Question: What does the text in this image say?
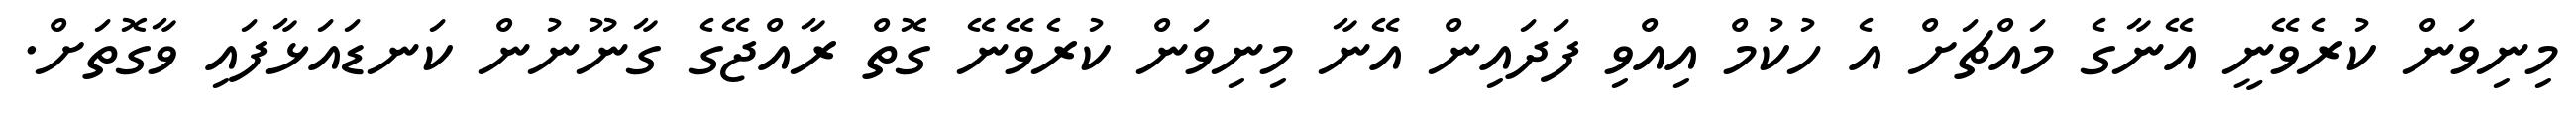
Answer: މިނިވަން ކުރެވޭނީ އޭނާގެ މައްޗަށް އެ ހުކުމް އިއްވި ފަދައިން އޭނާ މިނިވަން ކުރެވޭނޭ ގޮތް ރާއްޖޭގެ ގާނޫނުން ކަނޑައަޅާފައި ވާގޮތަށް.